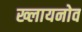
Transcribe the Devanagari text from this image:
ख्लायनोव